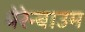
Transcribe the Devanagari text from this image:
बेरेन्बाउम